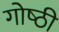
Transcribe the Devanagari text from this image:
गोष्‍ठी